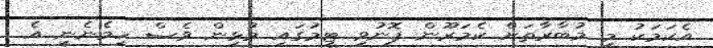
އެކަމަކު މި މުބާރާތަށް ކެމަރޫން ފޮނުވި ޓީމުގައި މުޅިން ވެސް ހިމެނެނީ އެ